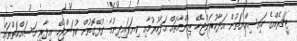
ޓީޗަރެއްގެ ހައިސިއްޔަތުން އަދާކުރަންޖެހޭ ޒިންމާތައް އަދާކުރުމާއި ކިޔަވައިދިނުމާ ގުޅޭގޮތުން ކުރަންޖެހޭ އިދާރީ މަސައްކަތްތައް